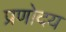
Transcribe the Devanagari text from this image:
प्रणोदय